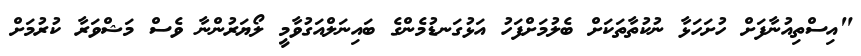
"އިސްތިއުނާފަށް ހުށަހަޅާ ނުކުތާތަކަށް ބެލުމަށްފަހު އަޅުގަނޑުމެންގެ ބައިނަލްއަގުވާމީ ލޯޔަރުންނާ ވެސް މަޝްވަރާ ކުރުމަށް